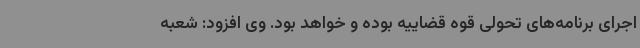
اجرای برنامه‌های تحولی قوه قضاییه بوده و خواهد بود. وی افزود: شعبه